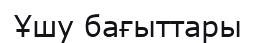
Ұшу бағыттары